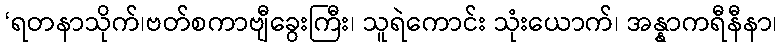
‘ရတနာသိုက်၊ဗတ်စကာဗျီခွေးကြီး၊ သူရဲကောင်း သုံးယောက်၊ အန္နာကရီနီနာ၊